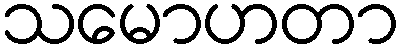
သမောဟတာ